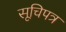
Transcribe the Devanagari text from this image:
सूचिपत्र